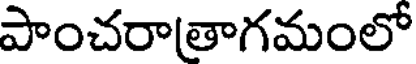
పాంచరాతాగమంలో